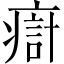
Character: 㾵